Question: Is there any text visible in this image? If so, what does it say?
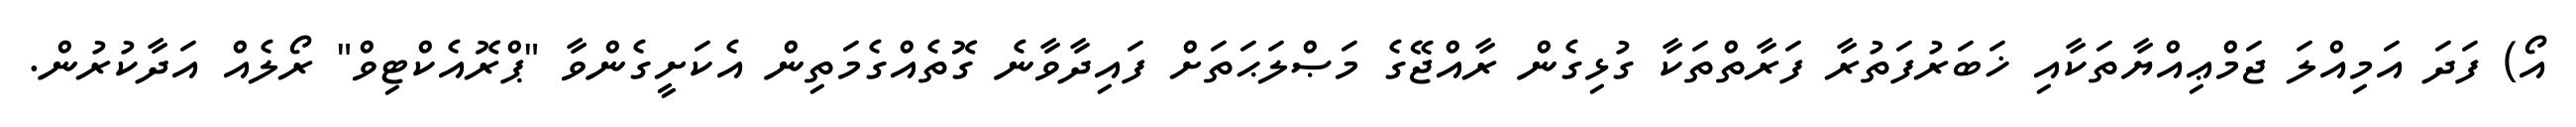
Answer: އޯ) ފަދަ އަމިއްލަ ޖަމްޢިއްޔާތަކާއި ޚަބަރުފަތުރާ ފަރާތްތަކާ ގުޅިގެން ރާއްޖޭގެ މަޞްލަޙަތަށް ފައިދާވާނެ ގޮތެއްގެމަތިން އެކަށީގެންވާ "ޕްރޮއެކްޓިވް" ރޯލެއް އަދާކުރުން.